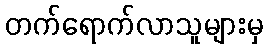
တက်ရောက်လာသူများမှ